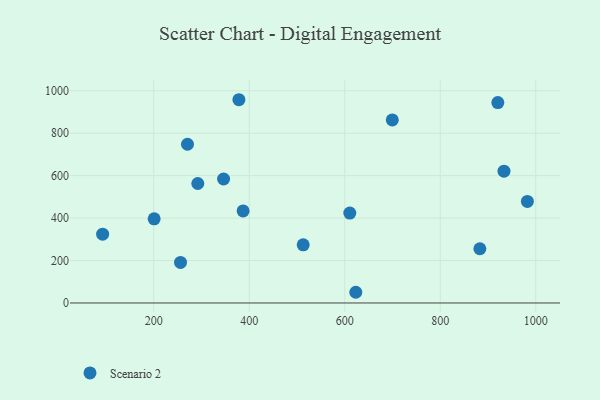
{"axis": {"x": "Speed", "y": "Fuel Efficiency"}, "legend": ["Scenario 2"], "data": [{"x": "292.3", "y": 562.9, "type": "Scenario 2"}, {"x": "920.6", "y": 944.4, "type": "Scenario 2"}, {"x": "699.6", "y": 862.4, "type": "Scenario 2"}, {"x": "610.6", "y": 423.6, "type": "Scenario 2"}, {"x": "93.0", "y": 324.4, "type": "Scenario 2"}, {"x": "982.5", "y": 478.7, "type": "Scenario 2"}, {"x": "378.4", "y": 957.8, "type": "Scenario 2"}, {"x": "387.2", "y": 433.6, "type": "Scenario 2"}, {"x": "513.0", "y": 274.1, "type": "Scenario 2"}, {"x": "346.3", "y": 584.2, "type": "Scenario 2"}, {"x": "933.5", "y": 620.9, "type": "Scenario 2"}, {"x": "256.1", "y": 191.0, "type": "Scenario 2"}, {"x": "270.7", "y": 748.0, "type": "Scenario 2"}, {"x": "883.0", "y": 255.6, "type": "Scenario 2"}, {"x": "623.2", "y": 50.4, "type": "Scenario 2"}, {"x": "200.9", "y": 396.6, "type": "Scenario 2"}]}